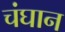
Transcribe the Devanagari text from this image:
चंघान